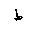
Letter: _da